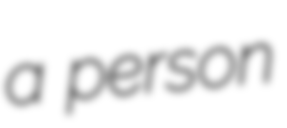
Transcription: a person